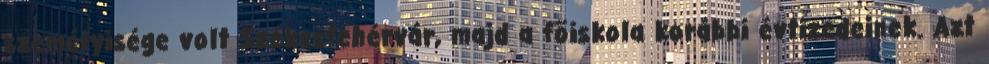
személyisége volt Székesfehérvár, majd a fõiskola korábbi évtizedeinek. Azt